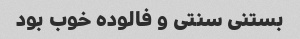
بستنی سنتی و فالوده خوب بود